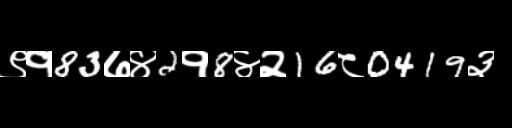
Text: ९१83७४2१8४२16८0419३